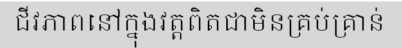
ជីវភាពនៅក្នុងវត្តពិតជាមិនគ្រប់គ្រាន់